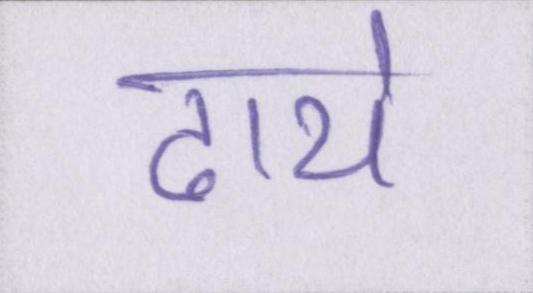
ढाये